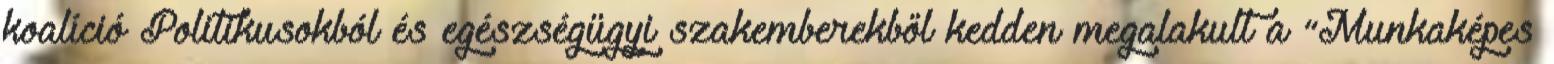
koalíció Politikusokból és egészségügyi szakemberekből kedden megalakult a “Munkaképes